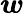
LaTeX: \boldsymbol{\mathit{w}}